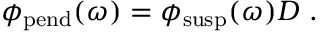
\phi _ { \mathrm { p e n d } } ( \omega ) = \phi _ { \mathrm { s u s p } } ( \omega ) D ~ .